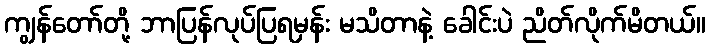
ကျွန်တော်တို့ ဘာပြန်လုပ်ပြရမှန်း မသိတာနဲ့ ခေါင်းပဲ ညိတ်လိုက်မိတယ်။